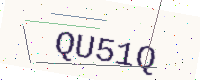
Text: QU51Q